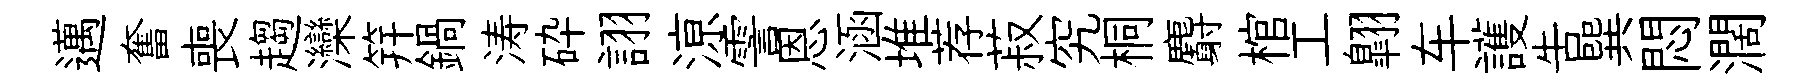
邁奮喪趨灤笄鍋涛砕詡鿌霅恩涵堆荐菽究桐麝棺工翺车護吿巽悶濶